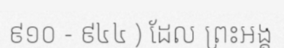
៩១០ - ៩៤៤ ) ដែល ព្រះអង្គ